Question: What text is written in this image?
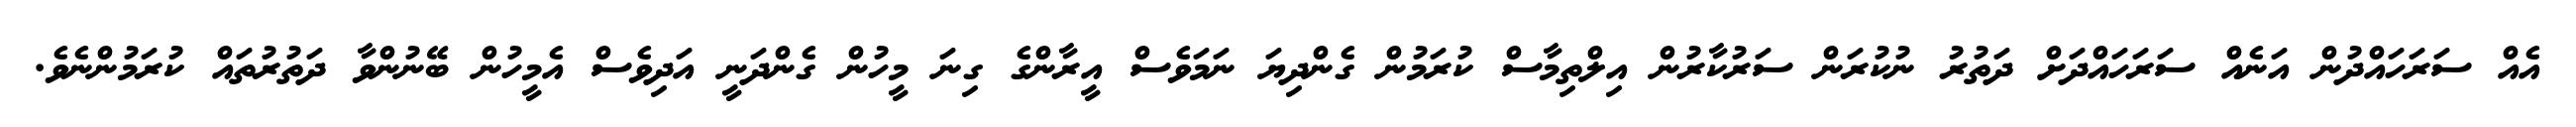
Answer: އެއް ސަރަހައްދުން އަނެއް ސަރަހައްދަށް ދަތުރު ނުކުރަން ސަރުކާރުން އިލްތިމާސް ކުރަމުން ގެންދިޔަ ނަމަވެސް އީރާންގެ ގިނަ މީހުން ގެންދަނީ އަދިވެސް އެމީހުން ބޭނުންވާ ދަތުރުތައް ކުރަމުންނެވެ.